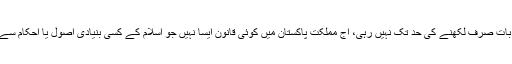
الحمدللہ، یہ بات صرف لکھنے کی حد تک نہیں رہی، آج مملکتِ پاکستان میں کوئی قانون ایسا نہیں جو اسلام کے کسی بنیادی اصول یا احکام سے متصادم ہو۔